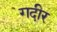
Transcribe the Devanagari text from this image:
गदीर